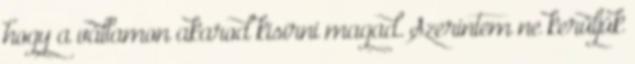
hogy a vállamon akarod kisírni magad. Szerintem ne kerüljük